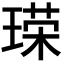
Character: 𪛞